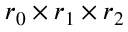
r _ { 0 } \times r _ { 1 } \times r _ { 2 }